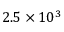
2 . 5 \times 1 0 ^ { 3 }